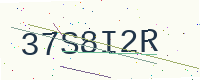
Text: 37S8I2R